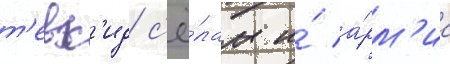
т'евх'ид с'ё́лам и́ а́рм'иа